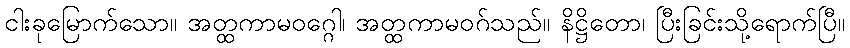
ငါးခုမြောက်သော။ အတ္ထကာမဝဂ္ဂေါ၊ အတ္ထကာမဝဂ်သည်။ နိဋ္ဌိတော၊ ပြီးခြင်းသို့ရောက်ပြီ။